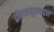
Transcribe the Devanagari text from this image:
द्वीपसमूहाबद्दल